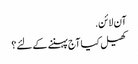
آن لائن.
کھیل کیا آج پہننے کے لئے؟